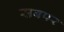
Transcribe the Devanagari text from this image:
सबपर